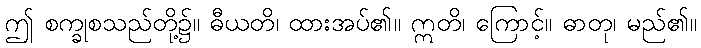
ဤ စက္ခုစသည်တို့၌။ ဓီယတိ၊ ထားအပ်၏။ ဣတိ၊ ကြောင့်။ ဓာတု၊ မည်၏။